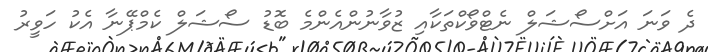
ދެ ވަނަ އަށްސޯޝަލް ނެޓްވޯކްތަކާއި ޒުވާނުންއެންމެ ބޮޑު ސޯޝަލް ކެމްޕޭނާ އެކު ހަވީރު